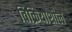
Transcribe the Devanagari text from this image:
विक्रियाशील